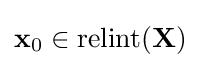
\mathbf {x} _{0}\in \operatorname {relint} (\mathbf {X} )